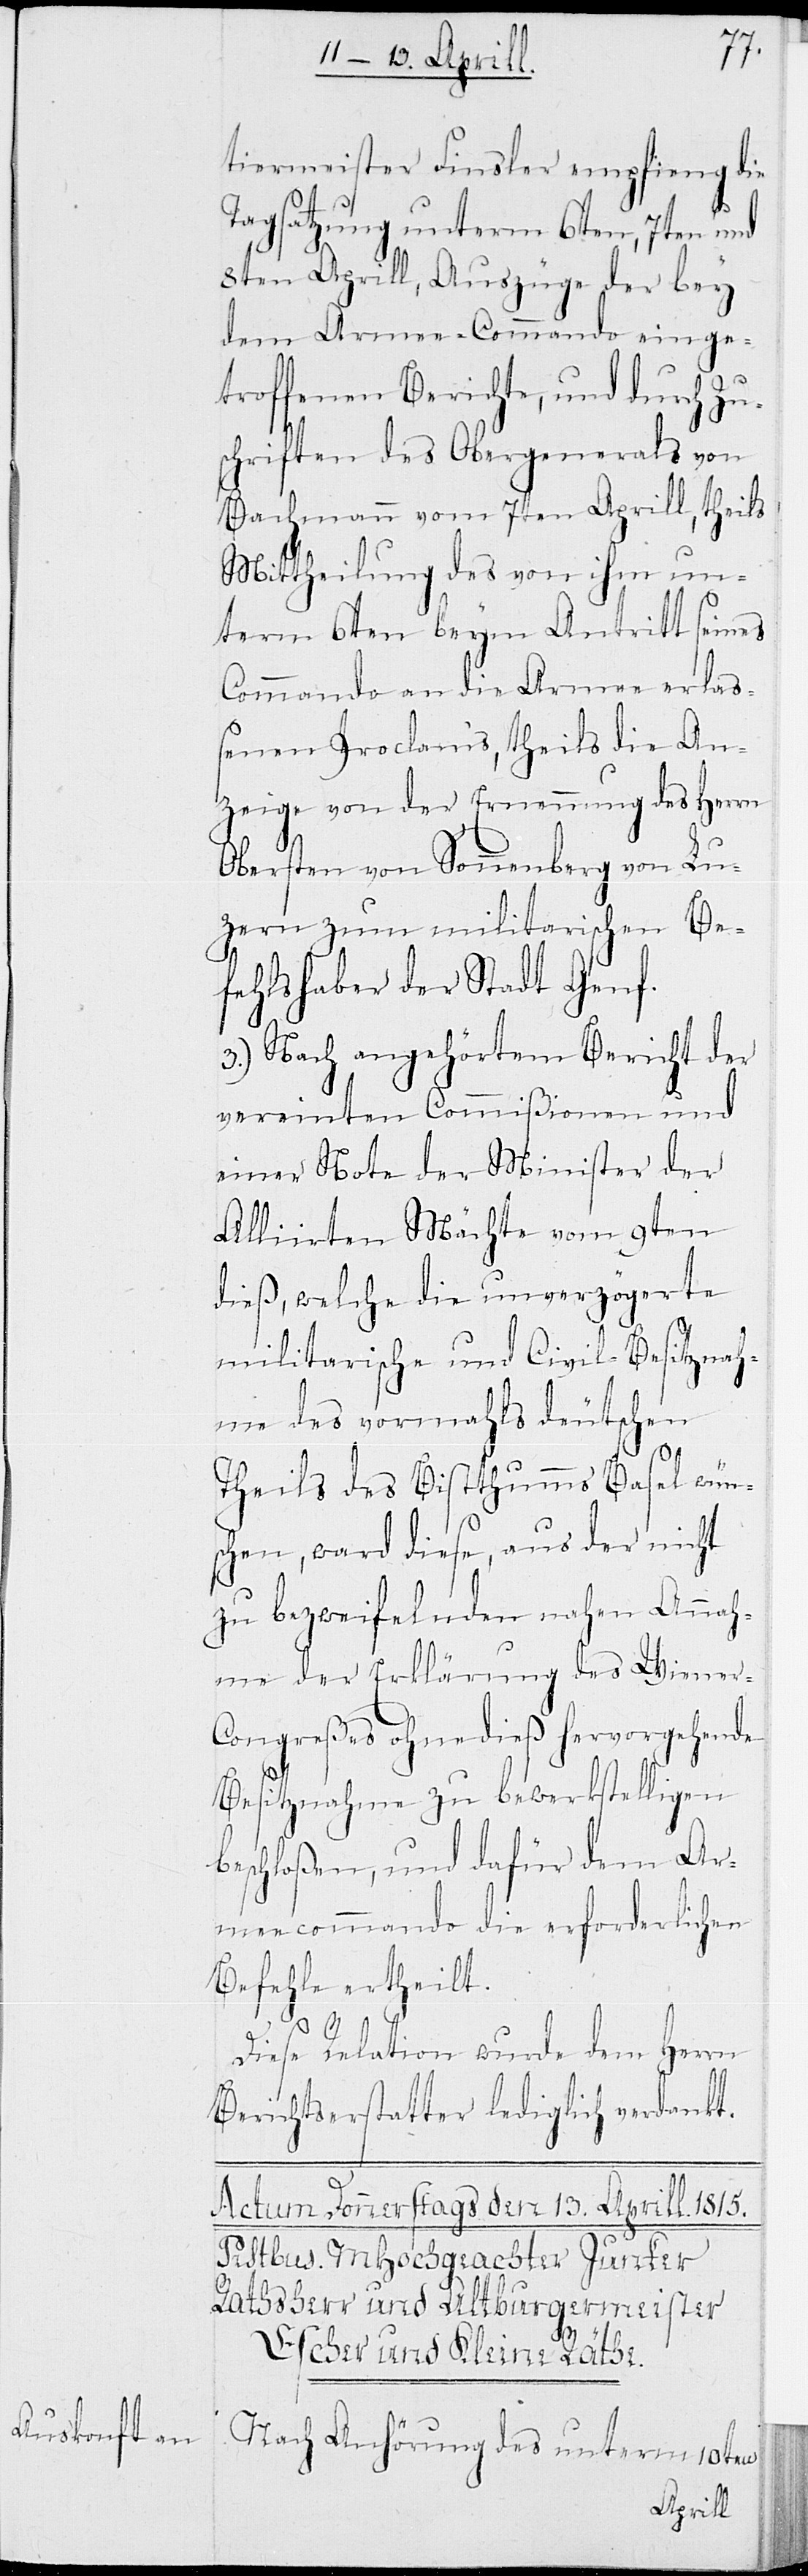
tiermeister Finsler empfieng die
Tagsatzung unterm 6ten, 7ten und
8ten Aprill, Auszüge der bey
dem Armee-Commando einge¬
troffenen Berichte, und durch Zu¬
schriften des Obergenerals von
Bachmann vom 7ten Aprill, theils
Mittheilung des von ihm un¬
term 6ten beym Antritt seines
Commando an die Armee erla¬
ßenen Proclams, theils die An¬
zeige von der Ernennung des Herrn
Obersten von Sonnenberg von Lu¬
zern zum militarischen Be¬
fehlshaber der Stadt Genf.
3.) Nach angehörtem Bericht der
vereinten Commißionen und
einer Note der Minister der
Alliierten Mächte vom 9ten
dieß, welche die unverzögerte
militarische und Civil-Besitznah¬
me des vormahls deutschen
Theils des Bistthumms Basel wün¬
schen, ward diese, aus der nicht
zu bezweifelnden nahen Annah¬
me der Erklärung des Wiener-C¬
ongreßes ohnedieß hervorgehende
Besitznahme zu bewerkstelligen
beschloßen, und dafür dem Ar¬
meecommando die erforderlichen
Befehle ertheilt.
Diese Relation wurde dem Herrn
Berichtserstatter lediglich verdankt.
Nach Anhörung des unterm 10ten